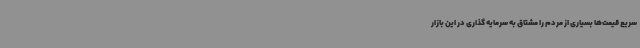
سریع قیمت‌ها بسیاری از مردم را مشتاق به سرمایه گذاری در این بازار